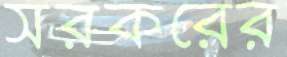
সরকরের